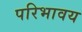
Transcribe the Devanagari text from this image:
परिभावय